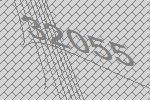
32055